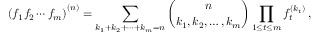
\left( f _ { 1 } f _ { 2 } \cdots f _ { m } \right) ^ { ( n ) } = \sum _ { k _ { 1 } + k _ { 2 } + \cdots + k _ { m } = n } { \binom { n } { k _ { 1 } , k _ { 2 } , \ldots , k _ { m } } } \prod _ { 1 \leq t \leq m } f _ { t } ^ { ( k _ { t } ) } \, ,